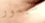
سيمور